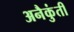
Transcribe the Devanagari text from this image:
अनैकुंती